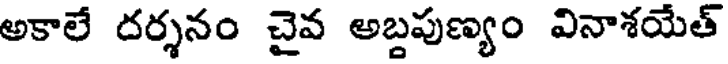
అకాలే దర్శనం చైవ అబ్దపుణ్యం వినాశయేత్